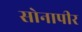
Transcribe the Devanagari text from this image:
सोनापीर